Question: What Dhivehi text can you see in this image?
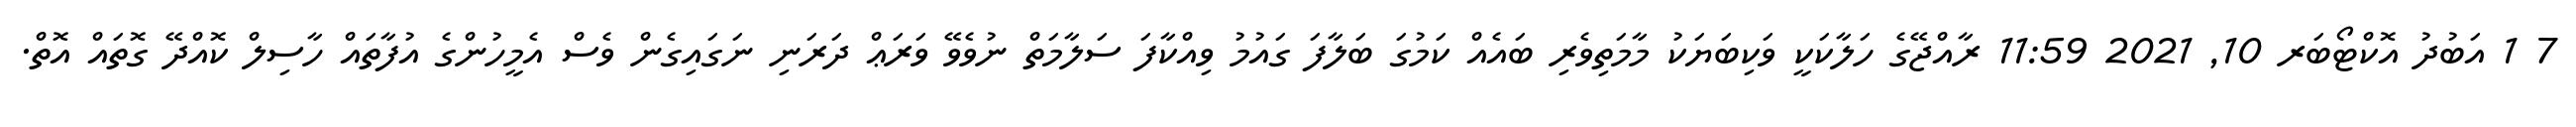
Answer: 7 1 އަބުދު އޮކްޓޯބަރ 10, 2021 11:59 ރާއްޖޭގެ ހަލާކަކީ ވަކިބަޔަކު މާމަތިވެރި ބައެއް ކަމުގަ ބަލާފަ ގައުމު ވިއްކާފަ ސަލާމަތް ނުވެވޭ ވަރަޢް ދަރަނި ނަގައިގެން ވެސް އެމީހުންގެ އުފާތައް ހާސިލް ކޮއްދޭ ގޮތައް އޮތް.